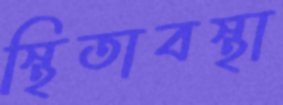
স্থিতাবস্থা